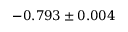
- 0 . 7 9 3 \pm 0 . 0 0 4